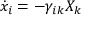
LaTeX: { \dot { x } } _ { i } = - \gamma _ { i k } X _ { k }